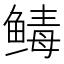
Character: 𬶡